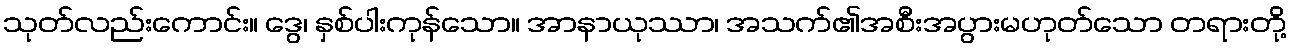
သုတ်လည်းကောင်း။ ဒွေ၊ နှစ်ပါးကုန်သော။ အာနာယုဿာ၊ အသက်၏အစီးအပွားမဟုတ်သော တရားတို့